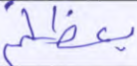
يعظكم